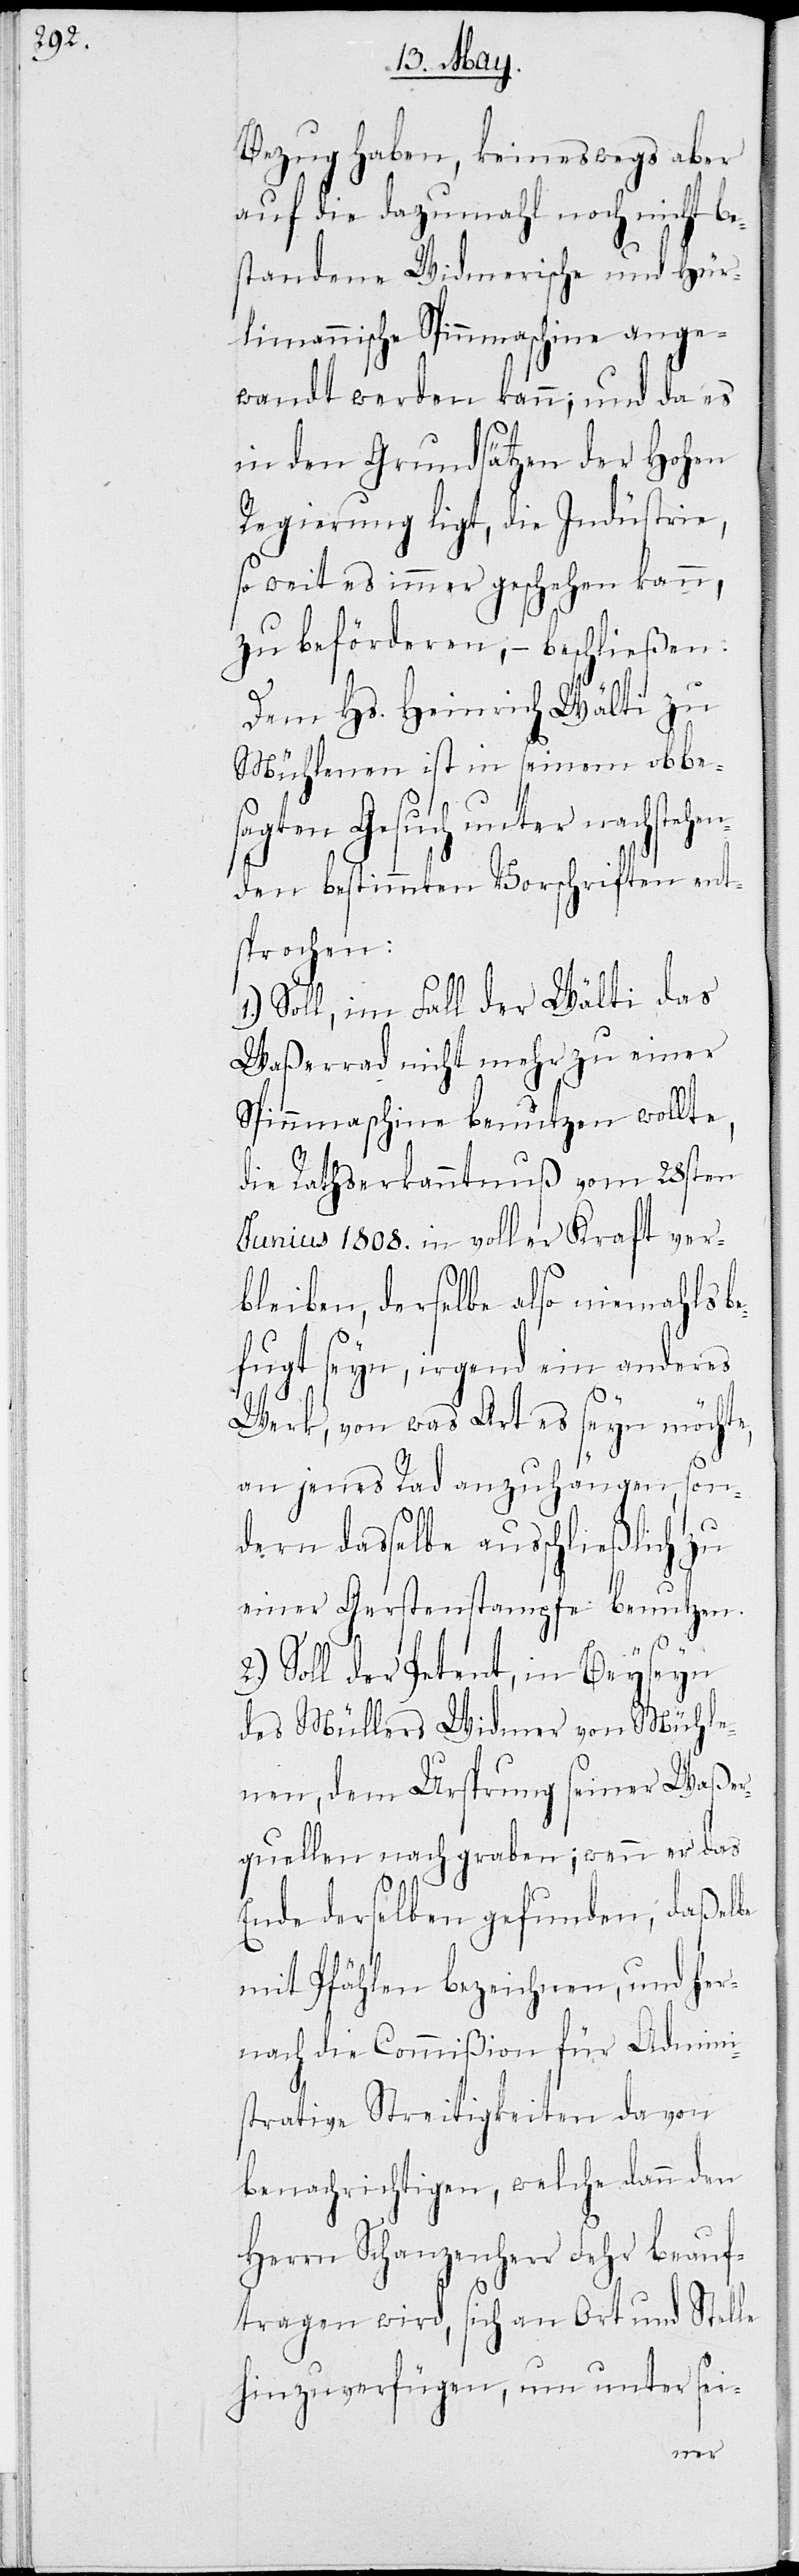
Bezug haben, keineswegs aber
auf die dazumahl noch nicht be¬
standene Widmerische und Hür¬
limannische Spinnmaschine ange¬
wandt werden kann; und da es
in den Grundsätzen der Hohen
Regierung ligt, die Industrie,
so weit es immer geschehen kann,
zu beförderen, – beschließen:
Dem Hs. Heinrich Wälti zu
Mülenen ist in seinem obbe¬
sagten Gesuch unter nachstehen¬
den bestimmten Vorschriften ent¬
sprochen:
1.) Soll, im Fall der Wälti das
Waßerrad nicht mehr zu einer
Spinnmaschine benutzen wollte,
die Rathserkanntnuß vom 28sten
Junius 1808. in voller Kraft ver¬
bleiben, derselbe also niemahls b¬
efugt seyn, irgend ein anderes
Werk, von was Art es seyn möchte,
an jenes Rad anzuhängen, son¬
dern daßelbe ausschließlich zu
einer Gerstenstampfe benutzen.
2.) Soll der Petent, in Beysein
des Müllers Widmer von Mühle¬
nen, dem Ursprung seiner Waßer¬
quelle nachgraben; wenn er das
Ende derselben gefunden, daßelbe
mit Pfählen bezeichnen, und her¬
nach die Commißion für Admini¬
strative Streitigkeiten davon
benachrichtigen, welche dann den
Herrn Schanzenherr Fehr beauf¬
tragen wird, sich an Ort und Stelle
hinzuverfügen, und unter sei-